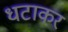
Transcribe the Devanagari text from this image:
धटाकर